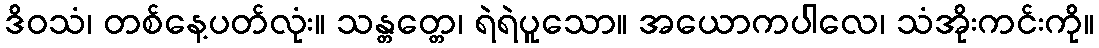
ဒိဝသံ၊ တစ်နေ့ပတ်လုံး။ သန္တတ္တေ၊ ရဲရဲပူသော။ အယောကပါလေ၊ သံအိုးကင်းကို။